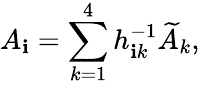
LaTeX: A_{\mathbf{i}}=\sum_{k=1}^{4}h_{\mathbf{i}k}^{-1}\widetilde{{A}}_{k},